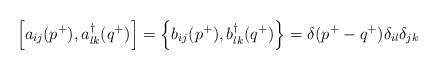
\begin{align*}\left[a_{ij}(p^+ ),a^\dagger_{lk}(q^+)\right]=\left\{ b_{ij}(p^+ ),b^\dagger_{lk}(q^+)\right\}=\delta (p^+ -q^+)\delta_{il}\delta_{jk}\end{align*}